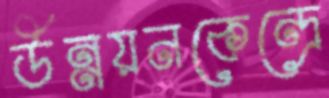
উন্নয়নকেন্দ্রে